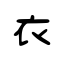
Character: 衣